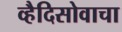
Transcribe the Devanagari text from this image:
व्हैदिसोवाचा